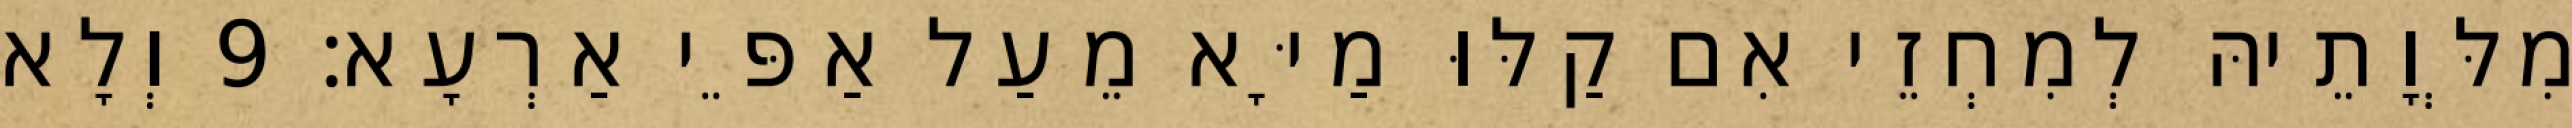
מִלְּוָתֵיהּ לְמִחְזֵי אִם קַלּוּ מַיָּא מֵעַל אַפֵּי אַרְעָא׃ 9 וְלָא